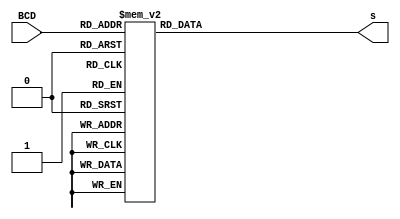
`timescale 1ns / 1ps
//////////////////////////////////////////////////////////////////////////////////
// Company: 
// Engineer: 
// 
// Design Name: 
// Module Name: bcd_to_7seg
// Project Name: 
// Target Devices: 
// Tool Versions: 
// Description: 
// 
// Dependencies: 
// 
// Revision:
// Revision 0.01 - File Created
// Additional Comments:
// 
//////////////////////////////////////////////////////////////////////////////////


module bcd_to_7seg
(input [3:0] BCD, output reg [7:0] s);
always @ (BCD)
begin
case (BCD)
0: s = 8'b10001000;
1: s = 8'b11101101;
2: s = 8'b10100010;
3: s = 8'b10100100;
4: s = 8'b11000101;
5: s = 8'b10010100;
6: s = 8'b10010000;
7: s = 8'b10101101;
8: s = 8'b10000000;
9: s = 8'b10000100;
default: s = 8'b01111111;
endcase
end
endmodule